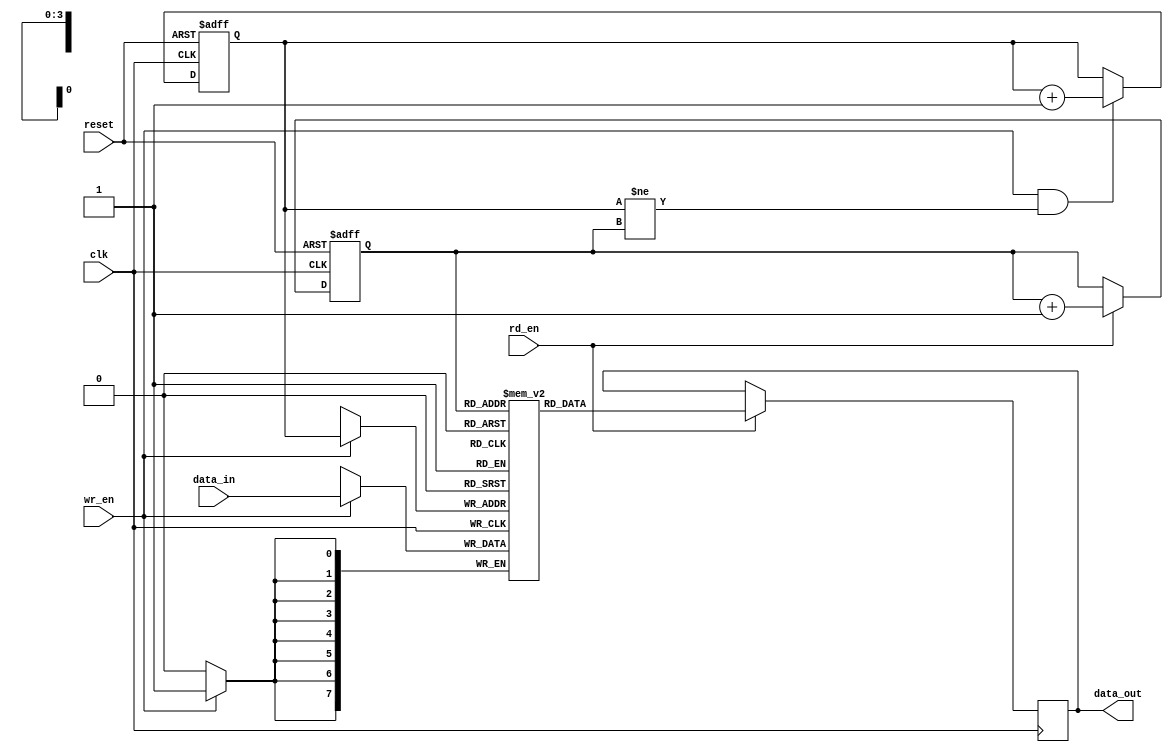
module fifo (
  input wire clk,
  input wire reset,
  input wire wr_en,
  input wire rd_en,
  input wire [7:0] data_in,
  output reg [7:0] data_out
);

parameter DEPTH = 16;
reg [7:0] mem [0:DEPTH-1];
reg [3:0] wr_ptr;
reg [3:0] rd_ptr;

always @ (posedge clk or posedge reset)
begin
  if (reset)
  begin
    wr_ptr <= 4'b0000;
    rd_ptr <= 4'b0000;
  end
  else
  begin
    if (wr_en && (wr_ptr != rd_ptr))
      wr_ptr <= wr_ptr + 1;
    if (rd_en)
      rd_ptr <= rd_ptr + 1;
  end
end

always @ (posedge clk)
begin
  if (wr_en)
    mem[wr_ptr] <= data_in;
  if (rd_en)
    data_out <= mem[rd_ptr];
end

endmodule